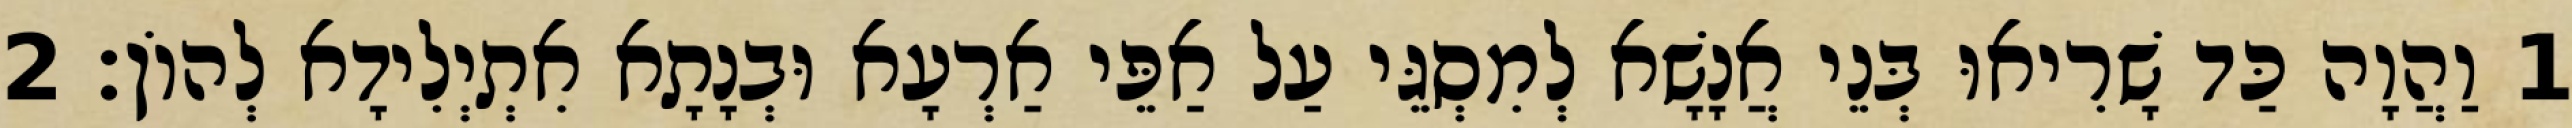
1 וַהֲוָה כַּד שָׁרִיאוּ בְּנֵי אֲנָשָׁא לְמִסְגֵּי עַל אַפֵּי אַרְעָא וּבְנָתָא אִתְיְלִידָא לְהוֹן׃ 2